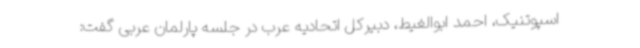
اسپوتنیک، احمد ابوالغیط، دبیرکل اتحادیه عرب در جلسه پارلمان عربی گفت: